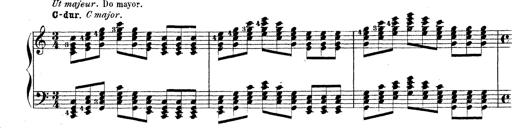
Title: Technische Studien
Composer: Franz Liszt